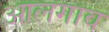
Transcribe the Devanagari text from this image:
आलगाव